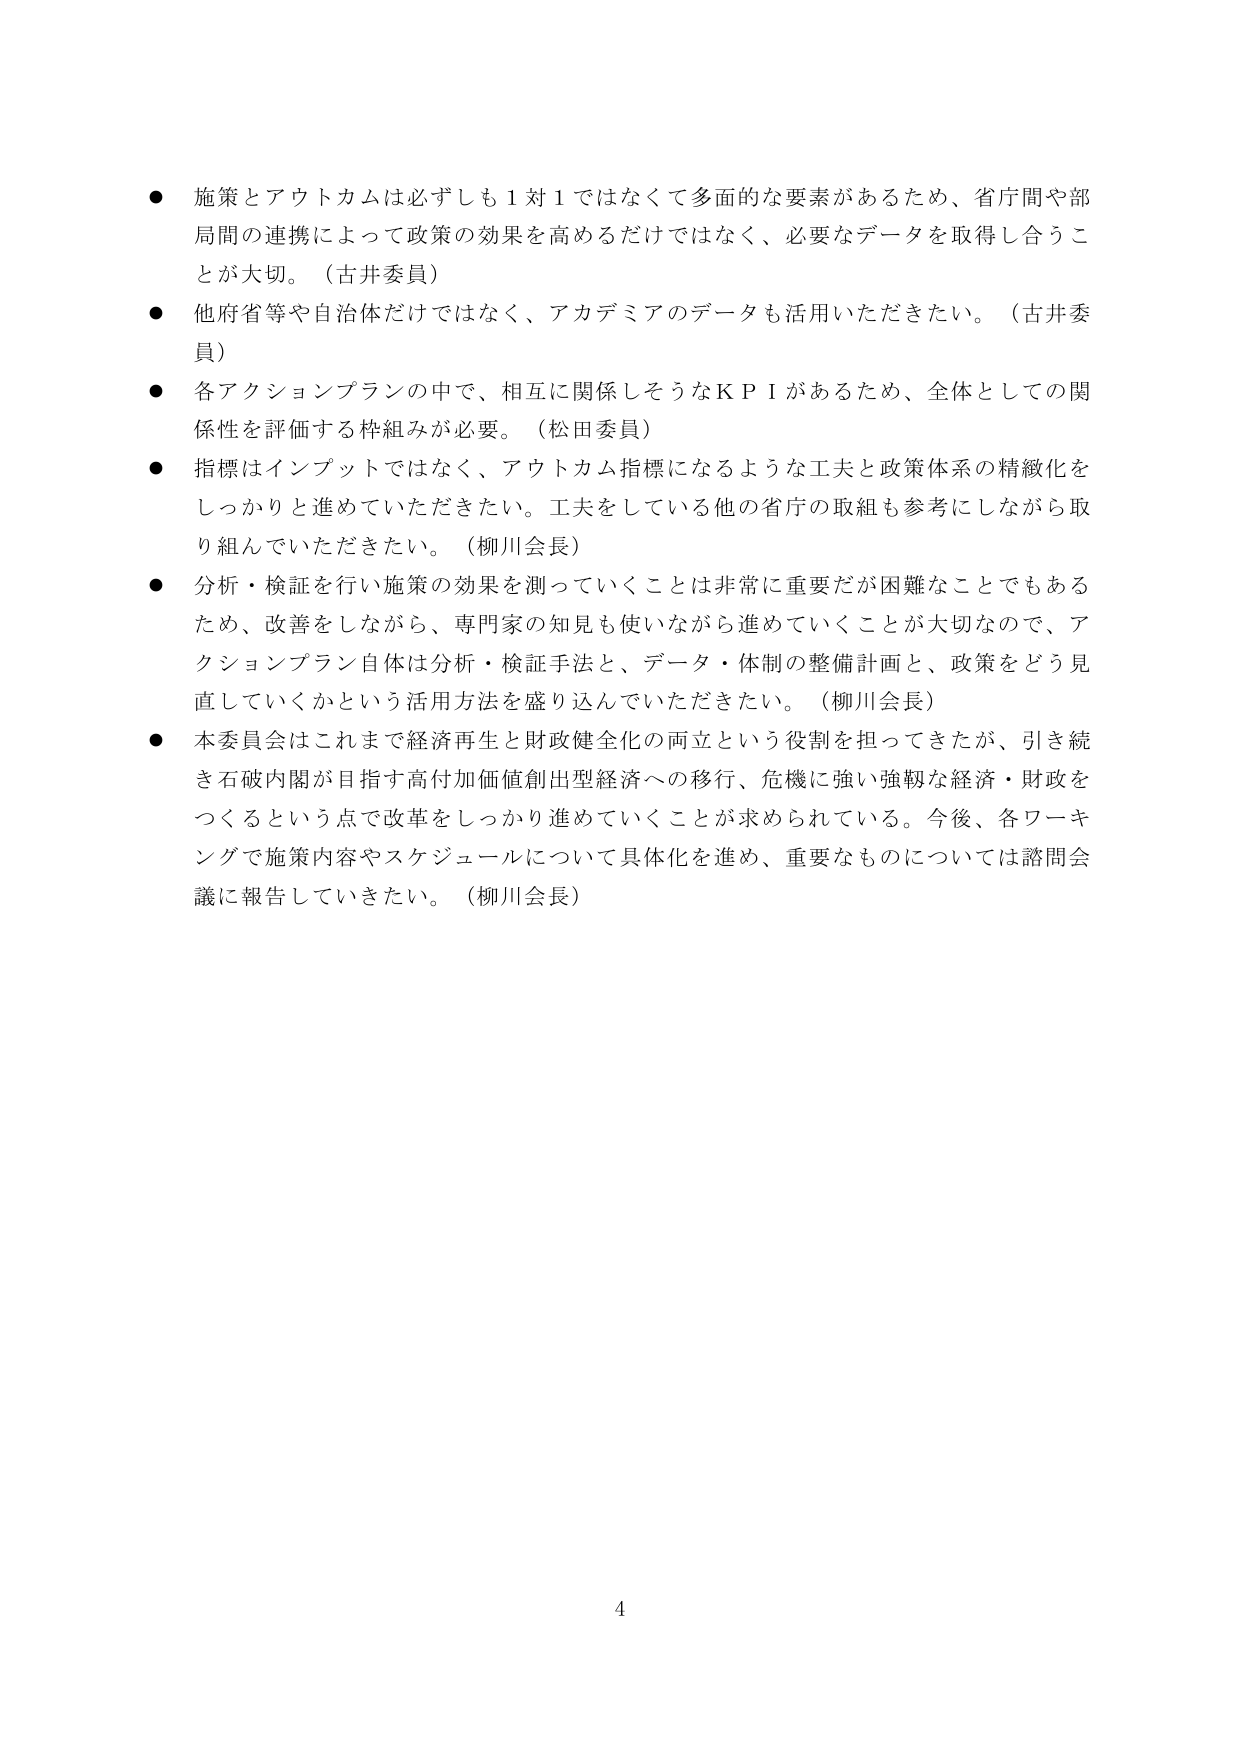
● 施策とアウトカムは必ずしも１対１ではなくて多面的な要素があるため、省庁間や部局間の連携によって政策の効果を高めるだけではなく、必要なデータを取得し合うことが大切。（古井委員）

● 他府省等や自治体だけではなく、アカデミアのデータも活用いただきたい。（古井委員）

● 各アクションプランの中で、相互に関係しそうなＫＰＩがあるため、全体としての関係性を評価する枠組みが必要。（松田委員）

● 指標はインプットではなく、アウトカム指標になるような工夫と政策体系の精緻化をしっかり進めていただきたい。工夫をしている他の省庁の取組も参考にしながら取り組んでいただきたい。（柳川会長）

● 分析・検証を行い施策の効果を測っていくことは非常に重要だが困難なことでもあるため、改善をしながら、専門家の知見も使いながら進めていくことが大切なので、アクションプラン自体は分析・検証手法と、データ・体制の整備計画と、政策をどう見直していくかという活用方法を盛り込んでいただきたい。（柳川会長）

● 本委員会はこれまで経済再生と財政健全化の両立という役割を担ってきたが、引き続き石破内閣が目指す高付加価値創出型経済への移行、危機に強い強靭な経済・財政をつくるという点で改革をしっかり進めていくことが求められている。今後、各ワーキングで施策内容やスケジュールについて具体化を進め、重要なものについては諮問会議に報告していきたい。（柳川会長）

4